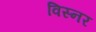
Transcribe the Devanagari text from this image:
विस्नर